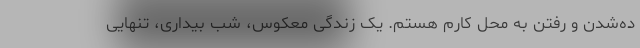
ده‌شدن و رفتن به محل کارم هستم. یک زندگی معکوس، شب بیداری، تنهایی